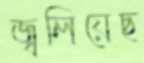
জ্বলিয়েছ